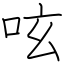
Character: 呟